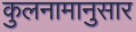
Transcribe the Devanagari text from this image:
कुलनामानुसार